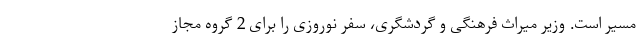
مسیر است. وزیر میراث فرهنگی و گردشگری، سفر نوروزی را برای 2 گروه مجاز